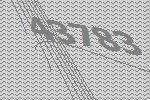
43783